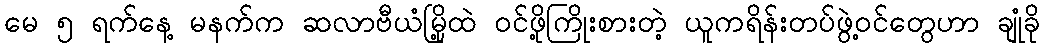
မေ ၅ ရက်နေ့ မနက်က ဆလာဗီယံမြို့ထဲ ဝင်ဖို့ကြိုးစားတဲ့ ယူကရိန်းတပ်ဖွဲ့ဝင်တွေဟာ ချုံခို